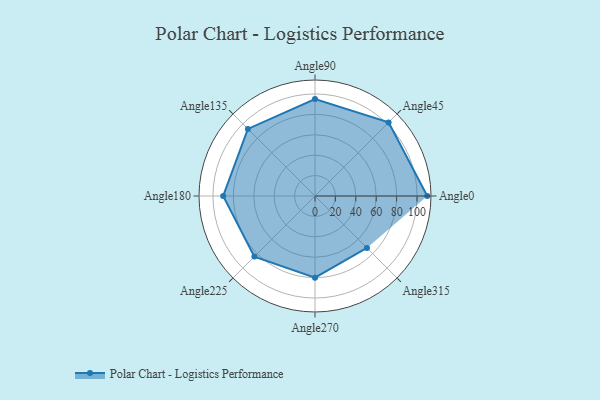
{"axis": {"x": "Angle", "y": "Radius"}, "legend": [""], "data": [{"x": "Angle0", "y": 110.0, "type": ""}, {"x": "Angle45", "y": 102.0, "type": ""}, {"x": "Angle90", "y": 95.0, "type": ""}, {"x": "Angle135", "y": 93.0, "type": ""}, {"x": "Angle180", "y": 90.0, "type": ""}, {"x": "Angle225", "y": 84.0, "type": ""}, {"x": "Angle270", "y": 80.0, "type": ""}, {"x": "Angle315", "y": 72.0, "type": ""}]}